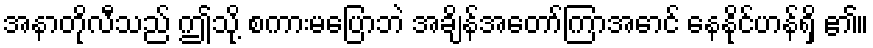
အနာတိုလီသည် ဤသို့ စကားမပြောဘဲ အချိန်အတော်ကြာအောင် နေနိုင်ဟန်ရှိ ၏။